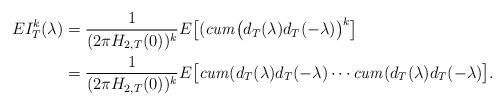
LaTeX: \begin{align*}EI_{T}^{k}(\lambda)&{}=\frac{1}{(2\pi H_{2,T}(0))^{k}}E \bigl[(\mathit{cum}\bigl(d_{T}(\lambda)d_{T}(-\lambda) \bigr)^{k}\bigr]\\&{}=\frac{1}{(2\pi H_{2,T}(0))^{k}}E \bigl[\mathit{cum}(d_{T}(\lambda)d_{T}(-\lambda)\cdots \mathit{cum}(d_{T}(\lambda)d_{T}(-\lambda) \bigr].\end{align*}